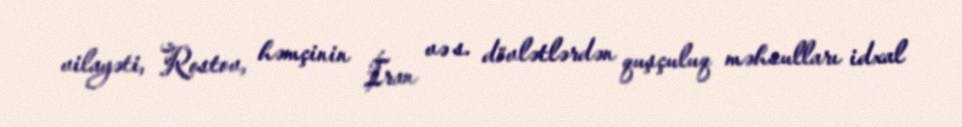
vilayəti, Rostov, həmçinin İran və s. dövlətlərdən quşçuluq məhsulları idxal